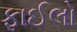
ફાઈલો